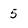
Character: 5